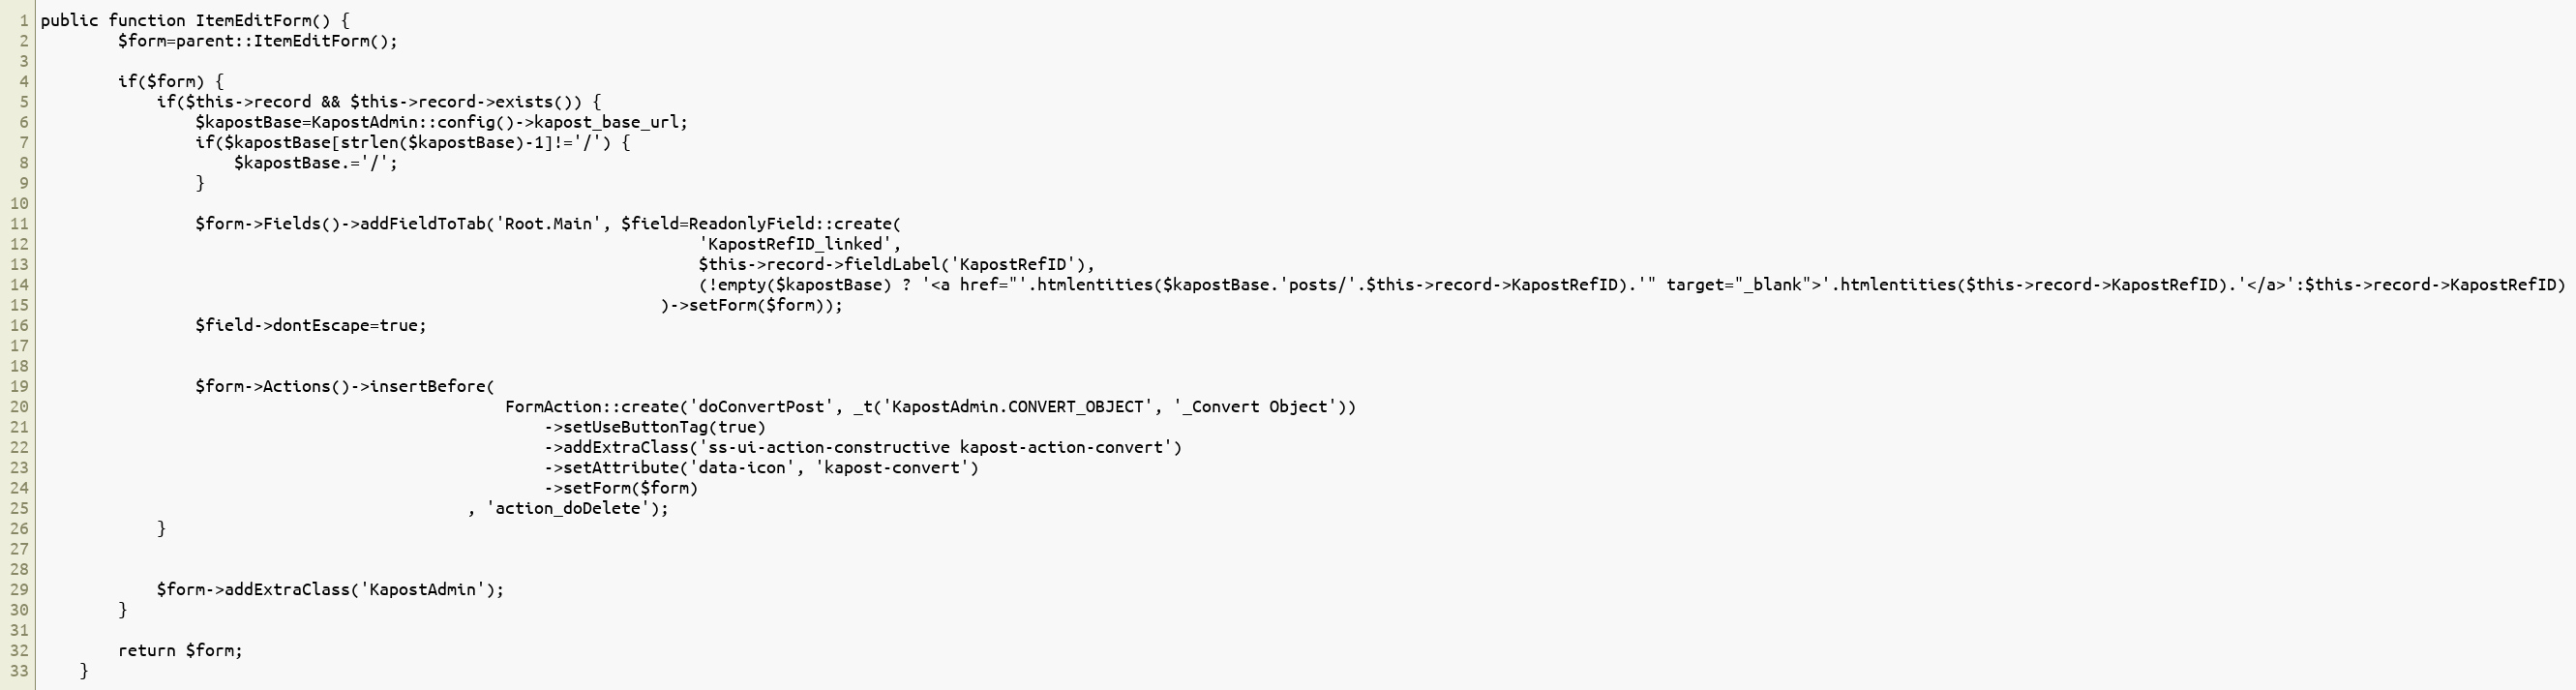
Language: PHP
public function ItemEditForm() {
        $form=parent::ItemEditForm();

        if($form) {
            if($this->record && $this->record->exists()) {
                $kapostBase=KapostAdmin::config()->kapost_base_url;
                if($kapostBase[strlen($kapostBase)-1]!='/') {
                    $kapostBase.='/';
                }

                $form->Fields()->addFieldToTab('Root.Main', $field=ReadonlyField::create(
                                                                    'KapostRefID_linked',
                                                                    $this->record->fieldLabel('KapostRefID'),
                                                                    (!empty($kapostBase) ? '<a href="'.htmlentities($kapostBase.'posts/'.$this->record->KapostRefID).'" target="_blank">'.htmlentities($this->record->KapostRefID).'</a>':$this->record->KapostRefID)
                                                                )->setForm($form));
                $field->dontEscape=true;

                $form->Actions()->insertBefore(
                                                FormAction::create('doConvertPost', _t('KapostAdmin.CONVERT_OBJECT', '_Convert Object'))
                                                    ->setUseButtonTag(true)
                                                    ->addExtraClass('ss-ui-action-constructive kapost-action-convert')
                                                    ->setAttribute('data-icon', 'kapost-convert')
                                                    ->setForm($form)
                                            , 'action_doDelete');
            }

            $form->addExtraClass('KapostAdmin');
        }

        return $form;
    }